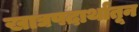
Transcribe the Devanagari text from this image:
खाद्यपदार्थांतून